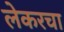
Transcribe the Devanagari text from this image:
लेकरचा